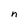
Character: n